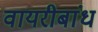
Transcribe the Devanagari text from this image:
वायरीबांध